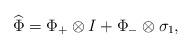
LaTeX: \begin{align*}\widehat{\Phi}=\Phi_+\otimes I+\Phi_-\otimes\sigma_1, \end{align*}